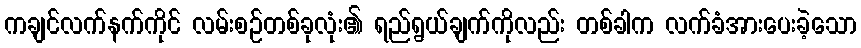
ကချင်လက်နက်ကိုင် လမ်းစဉ်တစ်ခုလုံး၏ ရည်ရွယ်ချက်ကိုလည်း တစ်ခါက လက်ခံအားပေးခဲ့သော